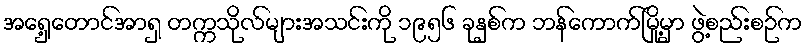
အရှေ့တောင်အာရှ တက္ကသိုလ်များအသင်းကို ၁၉၅၆ ခုနှစ်က ဘန်ကောက်မြို့မှာ ဖွဲ့စည်းစဉ်က